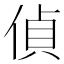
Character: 偵